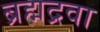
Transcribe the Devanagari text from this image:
ब्रह्मद्रवा